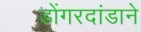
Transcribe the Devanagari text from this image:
डोंगरदांडाने